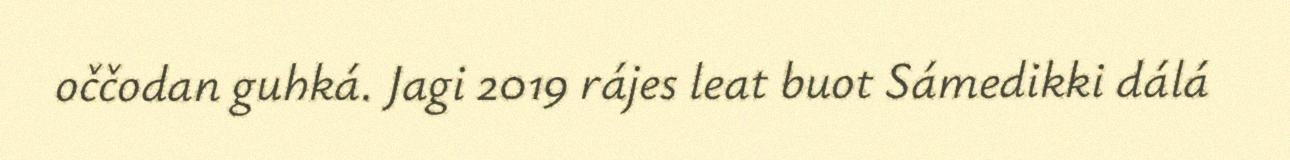
oččodan guhká. Jagi 2019 rájes leat buot Sámedikki dálá